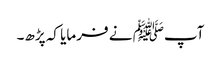
آپﷺ نے فرمایا کہ پڑھ۔